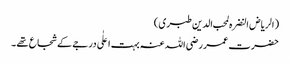
( الریاض النضرہ لمحب الدین طبری )
حضرت عمر رضی اللہ عنہ بہت اعلٰی درجے کے شجاع تھے ۔